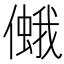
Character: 𠏃